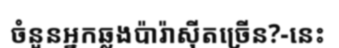
ចំនួនអ្នកឆ្លងប៉ារ៉ាស៊ីតច្រើន?-នេះ